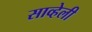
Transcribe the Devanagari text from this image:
साव्हेली